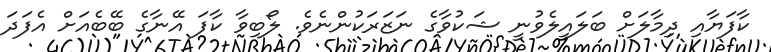
ކާފަޔާއި ދިމާލަށް ބަލައިލެވުނީ ޝަކުވާގެ ނަޒަރަކުންނެވެ. ލޯބިވާ ކާފަ އޭނާގެ ބޭބެއަށް އެފަދަ